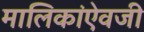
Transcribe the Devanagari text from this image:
मालिकांऐवजी